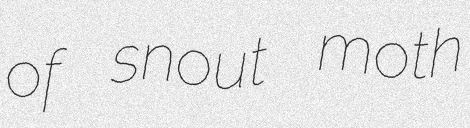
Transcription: of snout moth